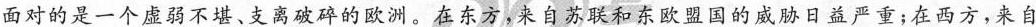
面对的是一个虚弱不堪、支离破碎的欧洲。在东方，来自苏联和东欧盟国的威胁日益严重；在西方，来自